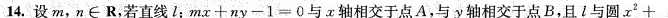
14.设m,n\in R,若直线l:$$m x + n y - 1 = 0$$与x轴相交于点A,与y轴相交于点B,且l与圆$$x ^ { 2 } +